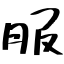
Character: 服